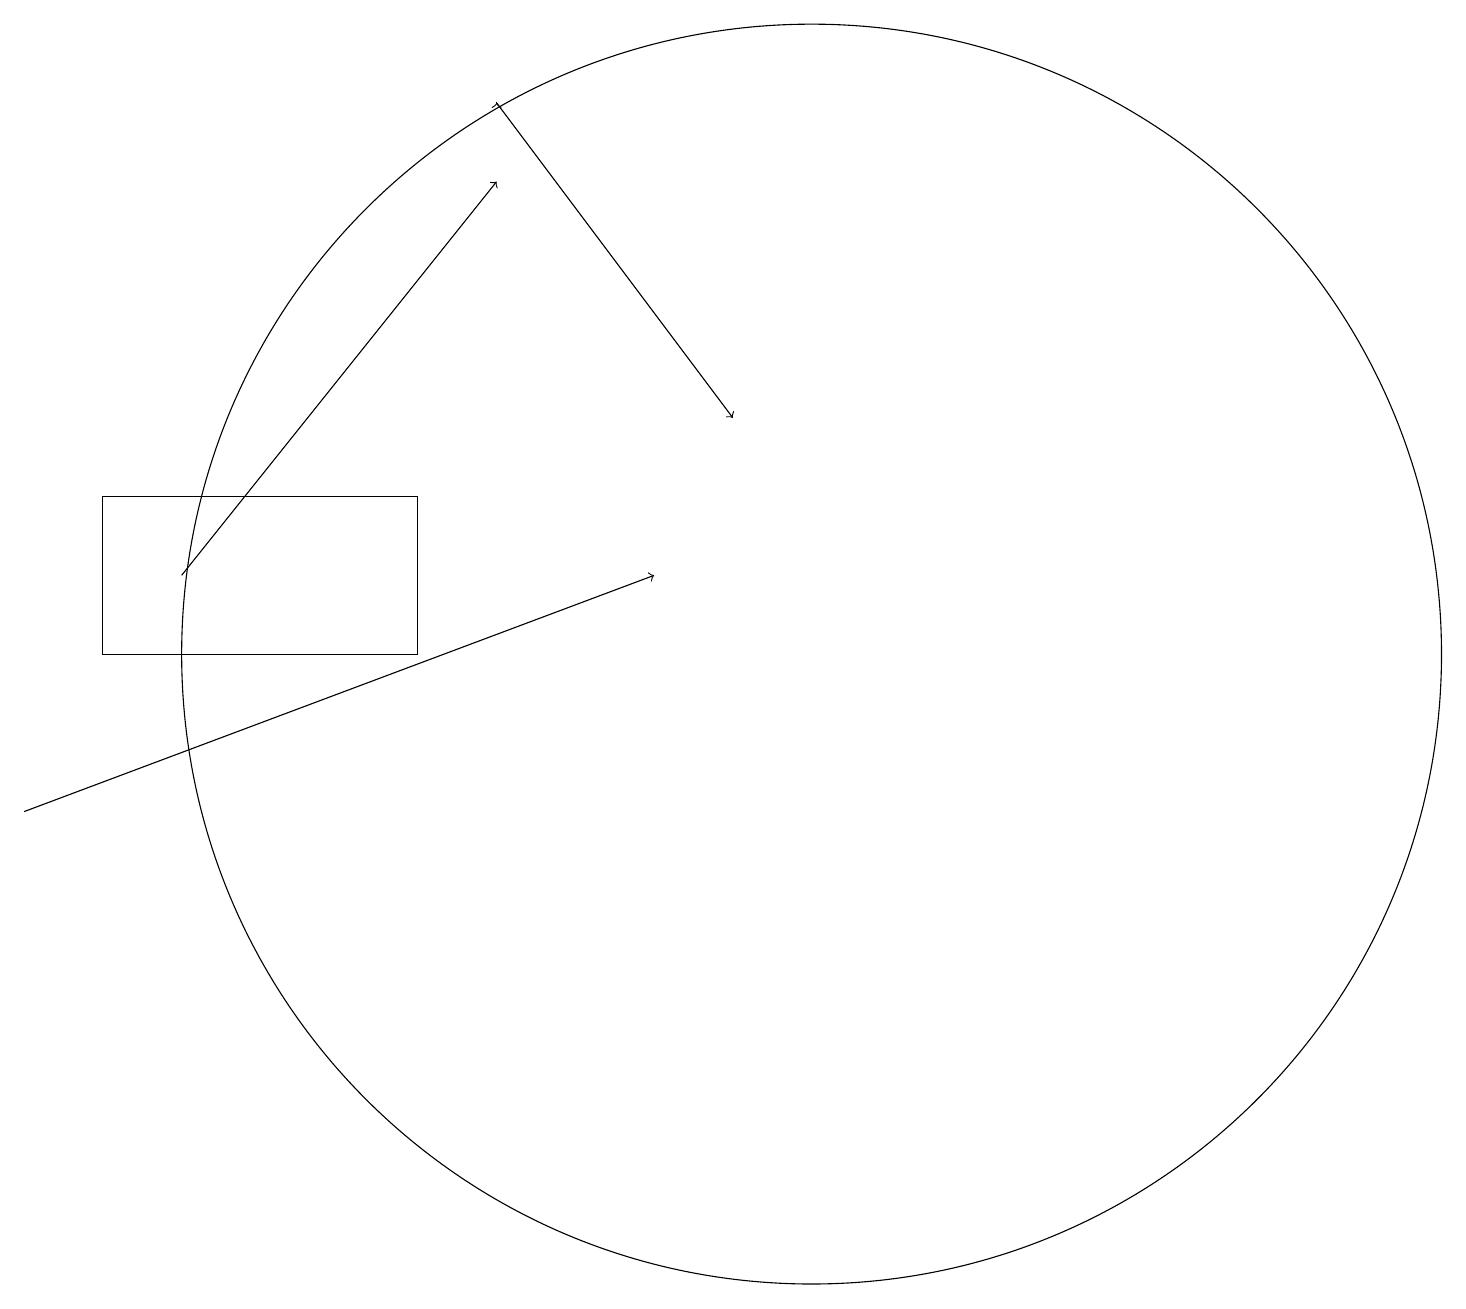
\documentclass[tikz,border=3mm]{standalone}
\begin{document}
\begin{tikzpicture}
\draw (1,14) rectangle (5,12);
\draw[->] (0,10) -- (8,13);
\draw[->] (6,19) -- (6,19);
\draw[->] (6,19) -- (9,15);
\draw[->] (2,13) -- (6,18);
\draw (10,12) circle (8);
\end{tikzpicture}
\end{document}